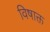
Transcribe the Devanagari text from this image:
विषाक्त